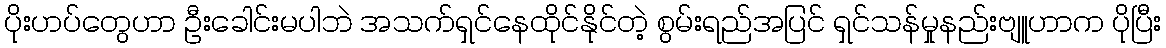
ပိုးဟပ်တွေဟာ ဦးခေါင်းမပါဘဲ အသက်ရှင်နေထိုင်နိုင်တဲ့ စွမ်းရည်အပြင် ရှင်သန်မှုနည်းဗျူဟာက ပိုပြီး